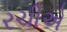
રચીએ